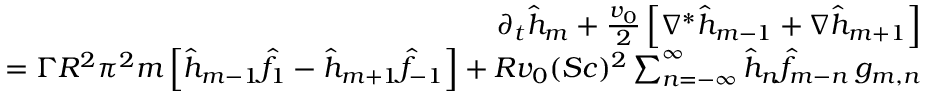
\begin{array} { r l r } & { } & { \partial _ { t } \hat { h } _ { m } + { \frac { v _ { 0 } } { 2 } } \left[ \nabla ^ { * } \hat { h } _ { m - 1 } + \nabla \hat { h } _ { m + 1 } \right] } \\ & { } & { = \Gamma R ^ { 2 } \pi ^ { 2 } m \left[ \hat { h } _ { m - 1 } \hat { f } _ { 1 } - \hat { h } _ { m + 1 } \hat { f } _ { - 1 } \right] + R v _ { 0 } ( S c ) ^ { 2 } \sum _ { n = - \infty } ^ { \infty } \hat { h } _ { n } \hat { f } _ { m - n } \, g _ { m , n } } \end{array}